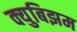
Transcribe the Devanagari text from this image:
क्युबिझम